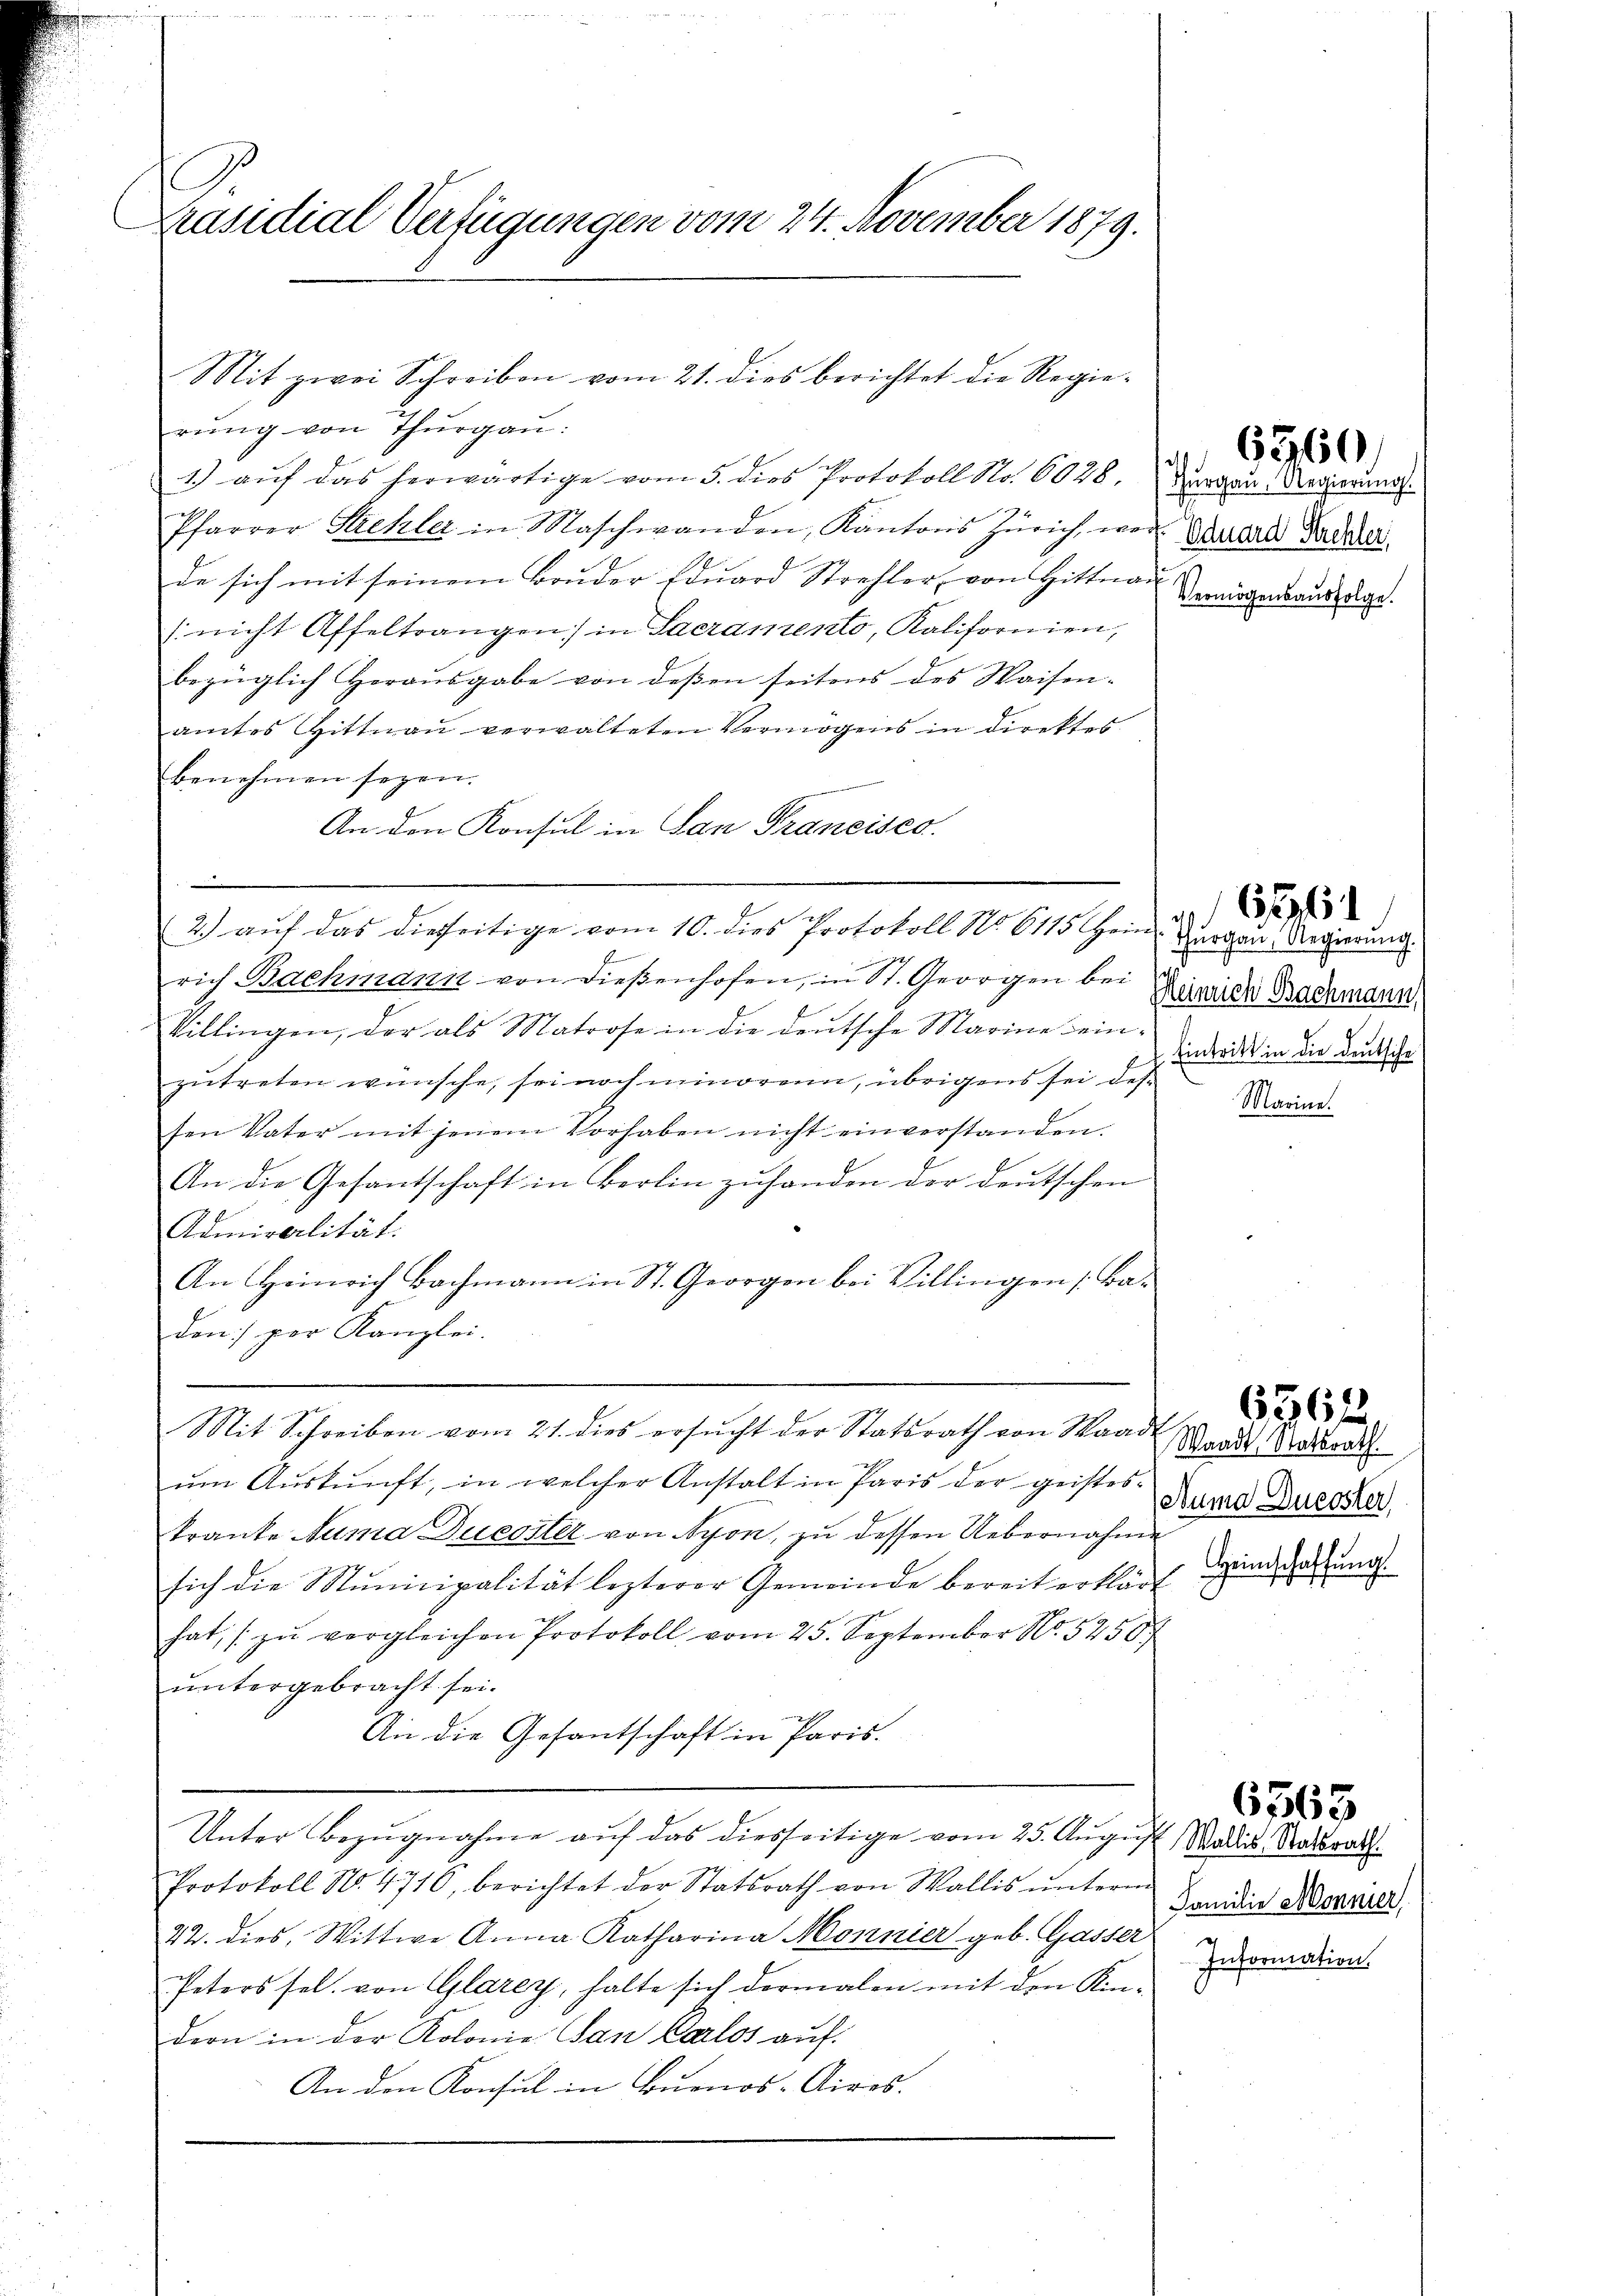
Präsidial Verfügungen vom 24. November 1879.

rŭng von Thurgau:
Pfarrer Strehler in Maschwanden, Kantons Zürich war. Studie Sacher
de sich mit seinem Bruder Edŭard Strehler von Hittnau
 nicht Affeltrangen in Sacramento, Kalifornien,
bezüglich Herausgabe von dessen seitens des Waisen-
amtes Hittnau verwalteten Vermögens in direktes
benehmen seyen.
An den Konsul in San Francisco
.
2.) auf das dieseitige vom 10. dies Protokoll No 6115 ein Thurgau, Regierung
rich Bachmann von diesenhofen, in St. Georgen bei
Villingen, der als Matrose in die deutsche Marine ein die in die Ducksche
zŭtreten wünsche, sei noch minoren, übrigens sei des
sen Vater mit jenem Vorhaben nicht einverstanden.
An die Gesantschaft in Berlin zuhanden der deutschen
Admiralität.
An Heinrich Bachmann in St. Georgen bei Villingen [Baden) per Kanzlei.
Mit Schreiben vom 21. dies ersucht der Statsrath von Waadt
ŭm Aŭskŭnft, in welcher Anstalt in Paris der geistes-
kranke Suma Ducoiter von Nyon, zu dessen Uebernahme
sich die Municipalität lezterer Gemeinde bereit erklärt
hat, zŭ vergleichen Protokoll vom 25. September No. 5250.
untergebracht sei.
An die Gesantschaft in Paris.
Unter Bezugnahme auf das diesseitige vom 25. August Wadia Ratsrath.
Protokoll No. 4716, berichtet der Statsrath von Wallis ŭnterm
22. dies, Wittwe Anna Katharina Monnier geb. Gasser
Peters sel. von Glarey, halte sich dermalen mit den Kin-
dern in der Kolonia San Carlos auf:
An den Konsul in Buenos-Aires.

Mit zwei Schreiben vom 21. dies berichtet die Regie¬

1.) auf das herwärtige vom 5. dies Protokoll Nr. 6048. Zurgau, Regierung.

As
Vermögensausfolge.

6360.

isst
Heinrich Bachmann,
Marina.

6515

Waadt, Statsrath.
Suma Ducoster
Heimschaffung

6562

Familie Mönnier
Information.

6563